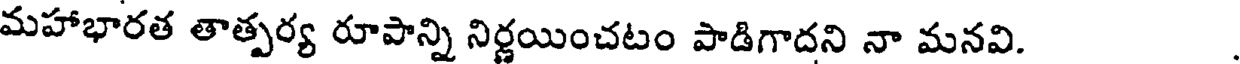
మహాభారత తాత్పర్య రూపాన్ని నిర్ణయించటం పాడిగాదని నా మనవి.